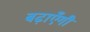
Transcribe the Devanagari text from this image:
बढ़ाएँगी